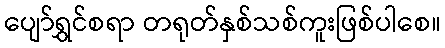
ပျော်ရွှင်စရာ တရုတ်နှစ်သစ်ကူးဖြစ်ပါစေ။